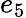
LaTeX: e_{5}